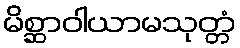
မိစ္ဆာဝါယာမသုတ္တံ